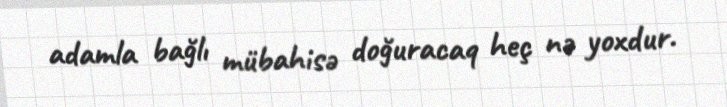
adamla bağlı mübahisə doğuracaq heç nə yoxdur.